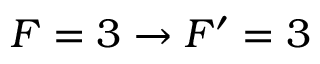
F = 3 \rightarrow F ^ { \prime } = 3